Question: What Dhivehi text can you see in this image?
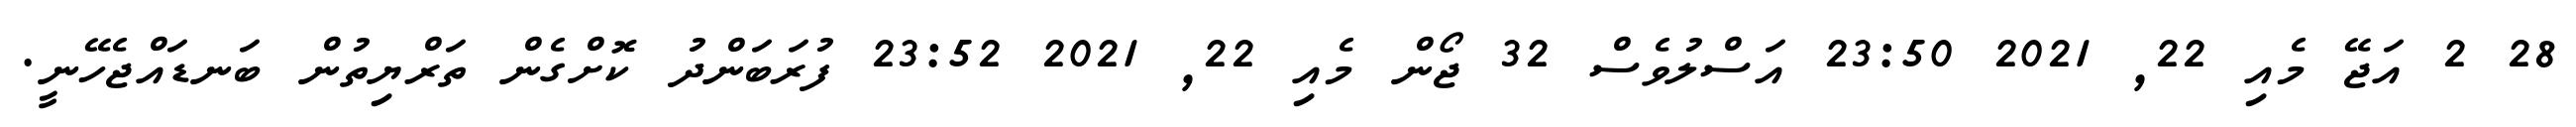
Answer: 28 2 އަޖޭ މެއި 22, 2021 23:50 އަސްލުވެސް 32 ޖޯން މެއި 22, 2021 23:52 ފުރަބަންދު ކޮށްގެން ތަރްޔިތުން ބަނޑައްޖެހޭނީ.